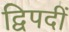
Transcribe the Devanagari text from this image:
द्विपदीं